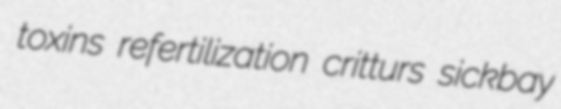
toxins refertilization critturs sickbay